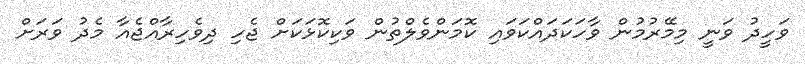
ވަހީދު ވަނީ މިމޭރުމުން ވާހަކަދައްކަވައި ކޮމަންވެލްތުން ވަކިކޮޅަކަށް ޖެހި ދިވެހިރާއްޖެއާ މެދު ވަރަށް